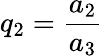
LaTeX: q_{2}=\frac{a_{2}}{a_{3}}